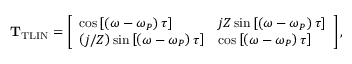
\mathrm { \mathbf { T } _ { \mathrm { T L I N } } } = \left[ \begin{array} { l l } { \cos \left[ \left( \omega - \omega _ { P } \right) \tau \right] } & { j Z \sin \left[ \left( \omega - \omega _ { P } \right) \tau \right] } \\ { \left( j / Z \right) \sin \left[ \left( \omega - \omega _ { P } \right) \tau \right] } & { \cos \left[ \left( \omega - \omega _ { P } \right) \tau \right] } \end{array} \right] ,